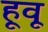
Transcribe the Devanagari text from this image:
हूवू